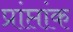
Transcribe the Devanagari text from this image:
प्रांप्तांक